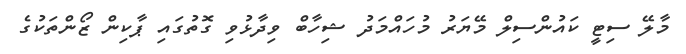
މާލޭ ސިޓީ ކައުންސިލް މޭޔަރު މުހައްމަދު ޝިހާބް ވިދާޅުވި ގޮތުގައި ޕާކިން ޒޯންތަކުގެ